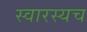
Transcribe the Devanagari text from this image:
स्वारस्यच